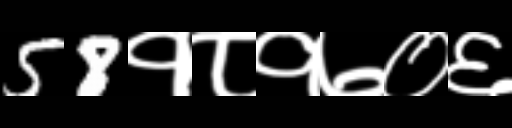
Text: 58१८१७०६